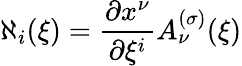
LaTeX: \aleph_{i}(\xi)={\frac{\partial x^{\nu}}{\partial\xi^{i}}}A_{\nu}^{(\sigma)}(\xi)